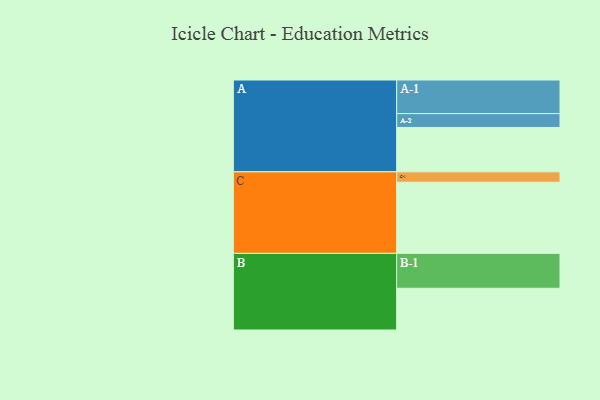
{"axis": {"x": "Segment", "y": "Value"}, "legend": ["", "A", "B", "C"], "data": [{"x": "A", "y": 371, "type": ""}, {"x": "B", "y": 349, "type": ""}, {"x": "C", "y": 595, "type": ""}, {"x": "A-1", "y": 281, "type": "A"}, {"x": "A-2", "y": 116, "type": "A"}, {"x": "B-1", "y": 292, "type": "B"}, {"x": "C-1", "y": 87, "type": "C"}]}